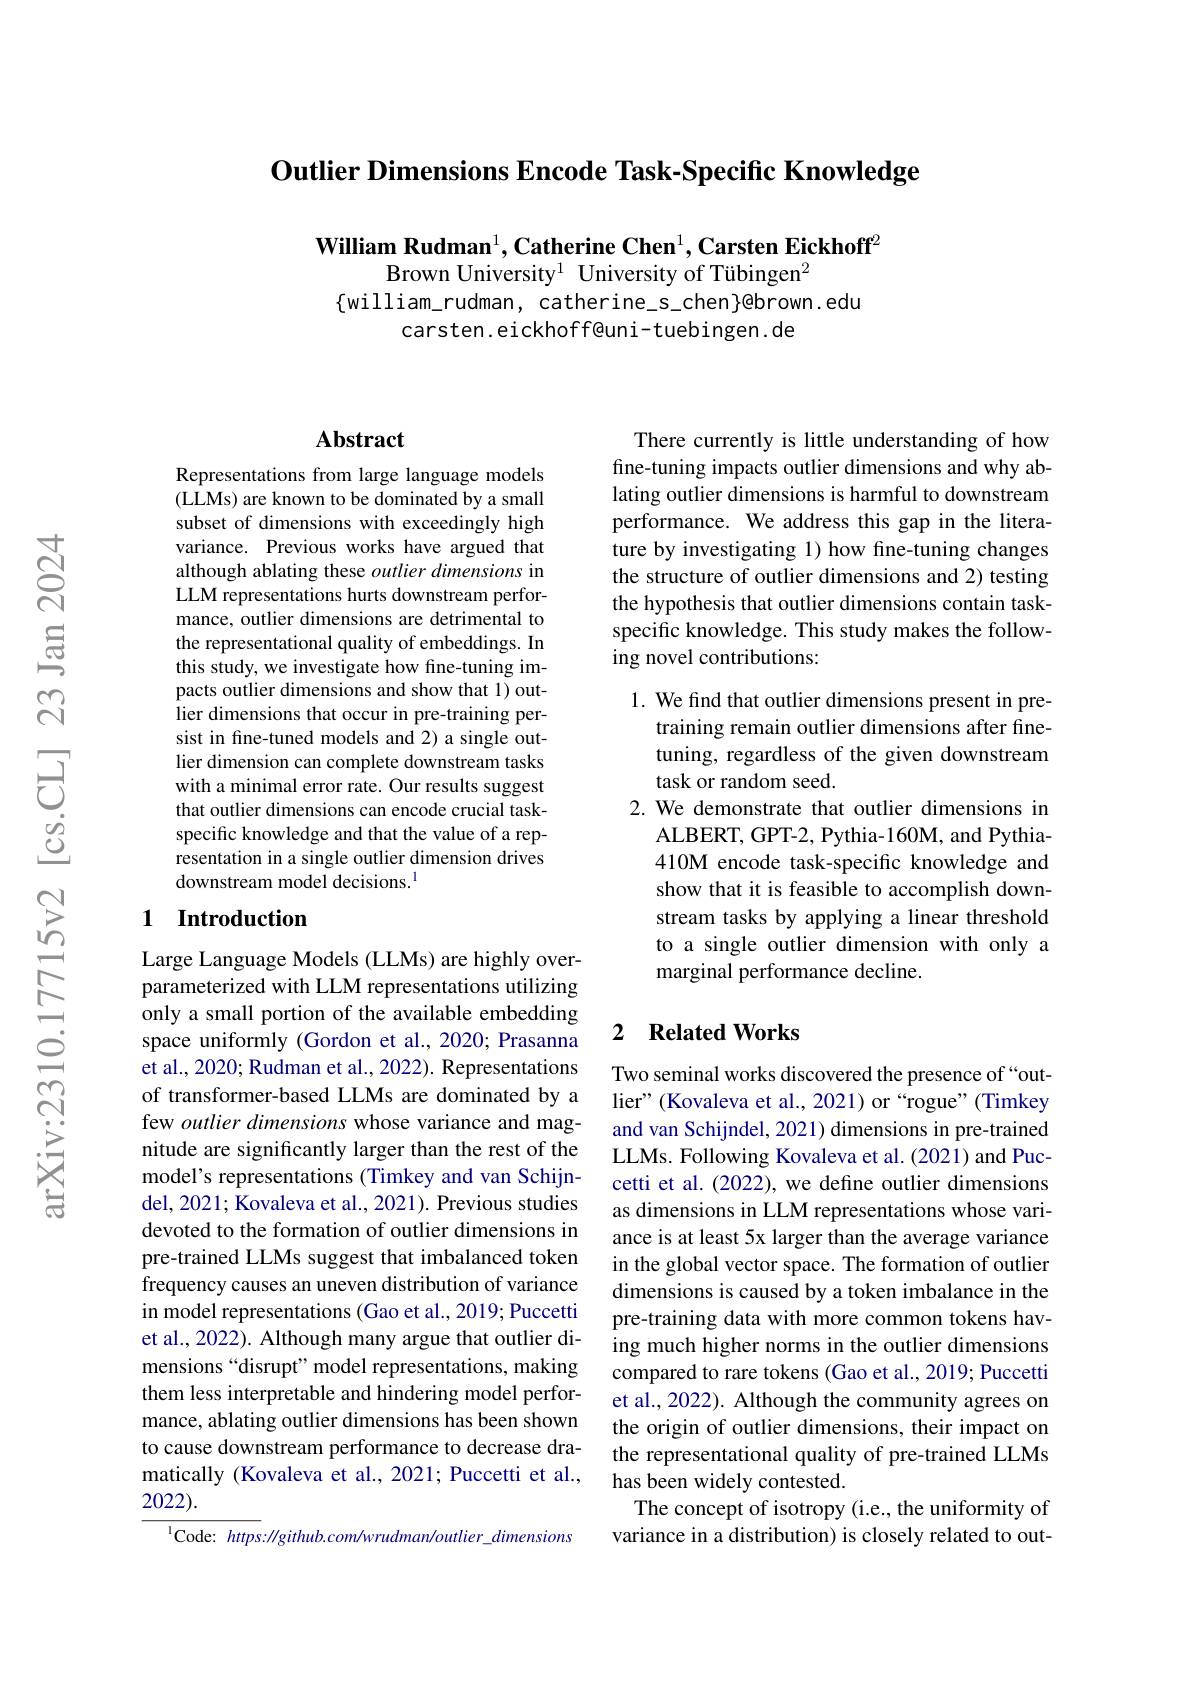
Outlier Dimensions Encode Task-Specific Knowledge

$\textbf{William Rudman}^1,\textbf{Catherine Chen}^1,\textbf{Carsten Eickhoff}^2$
Brown University$^1$ University of Tübingen$^2$
$\{$william\_rudman, catherine\_s\_chen}ebrown.edu
carsten. eickhoff@uni- tuebingen. de

## $\mathbf{Abstract}$

Representations from large language models (LLMs) are known to be dominated by a small subset of dimensions with exceedingly high variance. Previous works have argued that although ablating these outlier dimensions in LLM representations hurts downstream performance, outlier dimensions are detrimental to the representational quality of embeddings. In this study, we investigate how fine-tuning impacts outlier dimensions and show that 1) outlier dimensions that occur in pre-training persist in fine-tuned models and 2) a single outlier dimension can complete downstream tasks with a minimal error rate. Our results suggest that outlier dimensions can encode crucial taskspecific knowledge and that the value of a representation in a single outlier dimension drives downstream model decisions.$^{1}$

## 1 Introduction

Large Language Models (LLMs) are highly overparameterized with LLM representations utilizing only a small portion of the available embedding space uniformly (Gordon et al., 2020; Prasanna et al., 2020; Rudman et al., 2022). Representations of transformer-based LLMs are dominated by a few outlier dimensions whose variance and magnitude are significantly larger than the rest of the model's representations (Timkey and van Schijndel, 2021; Kovaleva et al., 2021). Previous studies devoted to the formation of outlier dimensions in pre-trained LLMs suggest that imbalanced token frequency causes an uneven distribution of variance in model representations (Gao et al., 2019; Puccetti et al., 2022). Although many argue that outlier dimensions “disrupt” model representations, making them less interpretable and hindering model performance, ablating outlier dimensions has been shown to cause downstream performance to decrease dramatically (Kovaleva et al., 2021; Puccetti et al., 2022).
$^{\mathrm{l}}$Code: https: $\|github.com/wrudman/outlier\_dimensions$

There currently is little understanding of how fine-tuning impacts outlier dimensions and why ablating outlier dimensions is harmful to downstream performance. We address this gap in the literature by investigating 1) how fine-tuning changes the structure of outlier dimensions and 2) testing the hypothesis that outlier dimensions contain taskspecific knowledge. This study makes the following novel contributions:

1. We find that outlier dimensions present in pre-
training remain outlier dimensions after finetuning, regardless of the given downstream task or random seed.
2. We demonstrate that outlier dimensions in
ALBERT, GPT-2, Pythia-160M, and Pythia- 410M encode task-specific knowledge and show that it is feasible to accomplish downstream tasks by applying a linear threshold to a single outlier dimension with only a marginal performance decline.

### 2 $\textbf{Related Works}$

Two seminal works discovered the presence of “outlier" (Kovaleva et al., 2021) or “rogue”(Timkey and van Schijndel, 2021) dimensions in pre-trained LLMs. Following Kovaleva et al. (2021) and Puccetti et al. (2022), we define outlier dimensions as dimensions in LLM representations whose variance is at least 5x larger than the average variance in the global vector space. The formation of outlier dimensions is caused by a token imbalance in the pre-training data with more common tokens having much higher norms in the outlier dimensions compared to rare tokens (Gao et al., 2019; Puccetti et al., 2022). Although the community agrees on the origin of outlier dimensions, their impact on the representational quality of pre-trained LLMs has been widely contested.
The concept of isotropy (i.e., the uniformity of variance in a distribution) is closely related to out-